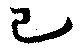
已